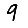
Digit: 9